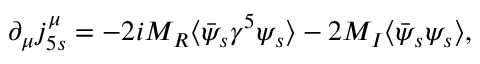
\partial _ { \mu } j _ { 5 s } ^ { \mu } = - 2 i M _ { R } \langle \bar { \psi } _ { s } \gamma ^ { 5 } \psi _ { s } \rangle - 2 M _ { I } \langle \bar { \psi } _ { s } \psi _ { s } \rangle ,